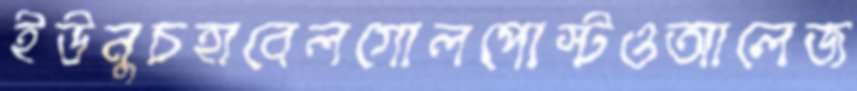
ইউনুচহাবেলগোলপোস্টওআলেজ